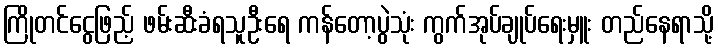
ကြိုတင်ငွေဖြည့် ဖမ်းဆီးခံရသူဦးရေ ကန်တော့ပွဲသုံး ကွက်အုပ်ချုပ်ရေးမှူး တည်နေရာသို့